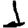
Digit: 1